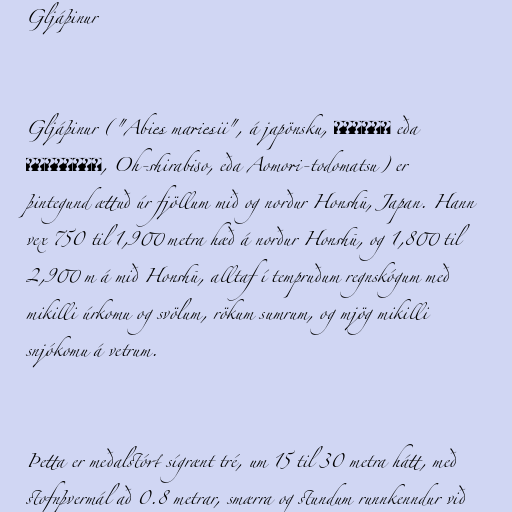
Gljáþinur

Gljáþinur ("Abies mariesii", á japönsku, オオシラビソ eða
アオモリトドマツ, Oh-shirabiso, eða Aomori-todomatsu) er
þintegund ættuð úr fjöllum mið og norður Honshū, Japan. Hann
vex 750 til 1,900 metra hæð á norður Honshū, og 1,800 til
2,900 m á mið Honshū, alltaf í tempruðum regnskógum með
mikilli úrkomu og svölum, rökum sumrum, og mjög mikilli
snjókomu á vetrum.

Þetta er meðalstórt sígrænt tré, um 15 til 30 metra hátt, með
stofnþvermál að 0.8 metrar, smærra og stundum runnkenndur við